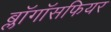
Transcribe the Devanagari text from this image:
ब्लॉगॉसफियर